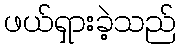
ဖယ်ရှားခဲ့သည်